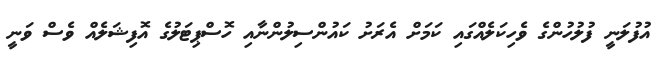
އުފުލަނީ ފުލުހުންގެ ވެހިކަލެއްގައި ކަމަށް އެރަށު ކައުންސިލުންނާއި ހޮސްޕިޓަލުގެ އޮފިޝަލެއް ވެސް ވަނީ